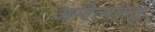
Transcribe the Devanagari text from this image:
आदित्यकेतु